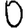
Digit: 0